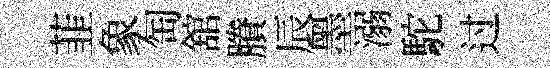
韮象匋舘賸辰墨溺駝过